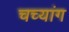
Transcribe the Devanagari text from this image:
चच्यांग